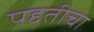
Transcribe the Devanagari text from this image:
पद्दतीचा